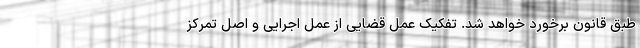
طبق قانون برخورد خواهد شد. تفکیک عمل قضایی از عمل اجرایی و اصل تمرکز